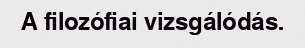
A filozófiai vizsgálódás.